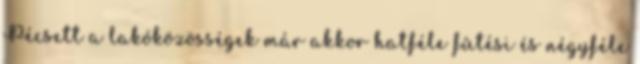
Pécsett a lakóközösségek már akkor hatféle fûtési és négyféle